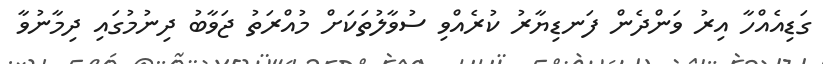
ގަޑިއެއްހާ އިރު ވަންދެން ފަނޑިޔާރު ކުރެއްވި ސުވާލުތަކަށް މުއްރަތު ޖަވާބު ދިނުމުގައި ދިމާނުވާ